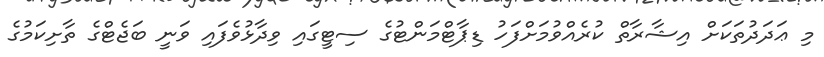
މި ޢަދަދުތަކަށް އިޝާރާތް ކުރެއްވުމަށްފަހު ޑިޕާޓްމަންޓުގެ ސިޓީގައި ވިދާޅުވެފައި ވަނީ ބަޖެޓްގެ ތާށިކަމުގެ